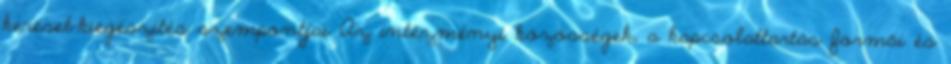
kereset-kiegészítés szempontjai Az intézményi közösségek, a kapcsolattartás formái és